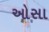
ઓસા